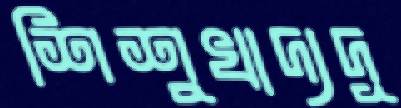
শিশুখাদ্যদূ